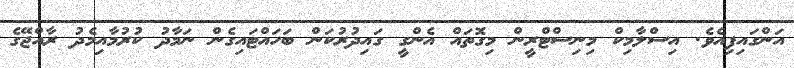
އަންގައިފިއެވެ. އިސްލާމިކް މިނިސްޓްރީން މިގޮތައް އެންގީ ގައިދުރުކަން ބަހައްޓައިގެން ނަމާދު ކުރުމާއިމެދު ރާއްޖޭގެ